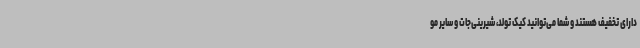
دارای تخفیف هستند و شما می‌توانید کیک‌ تولد، شیرینی‌جات و سایر مو